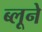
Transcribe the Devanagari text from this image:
ब्लूने